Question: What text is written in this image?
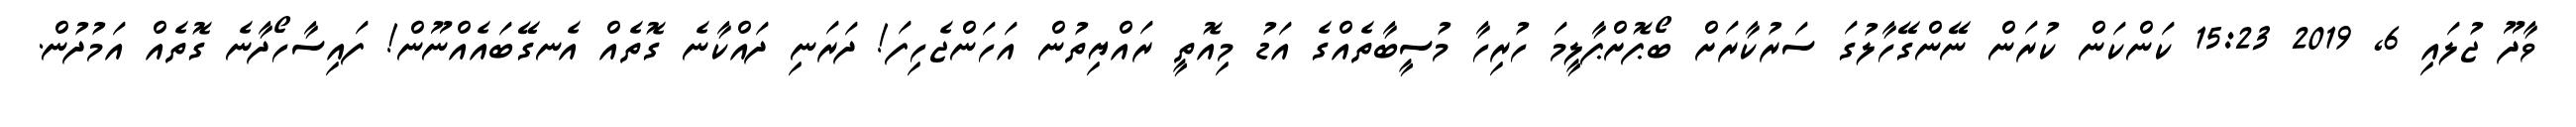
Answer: ވާދޫ ޖުލައި 6, 2019 15:23 ކަންކަން ކުރަން ނޭންގޭހާލުގަ ސަރުކާރަށް ބޯޕޮށްޕާލީމަ ހުރިހާ މުސީބާތެއްގެ އަޑު މިއޮތީ ރައްޔިތުން އަހަންޖެހިފަ! ދަރަނި ދައްކާނެ ގޮތެއް އެނގޭބައެއްނޫން! ފައިސާހޯދާނެ ގޮތެއް އަމުދުން.